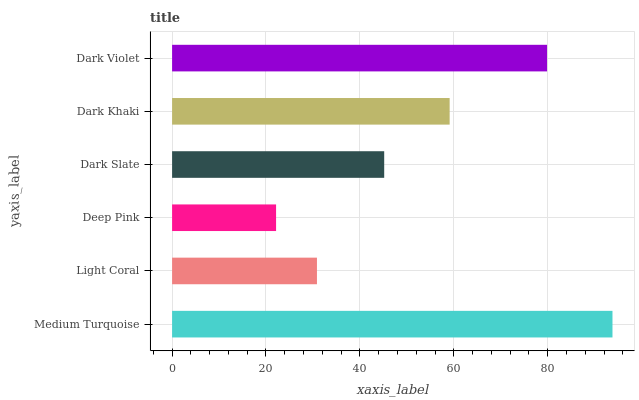
| yaxis_label | bars |
 | --- | --- |
 | Medium Turquoise | 93.8 |
 | Light Coral | 30.9 |
 | Deep Pink | 22.1 |
 | Dark Slate | 45.2 |
 | Dark Khaki | 59.1 |
 | Dark Violet | 79.9 |